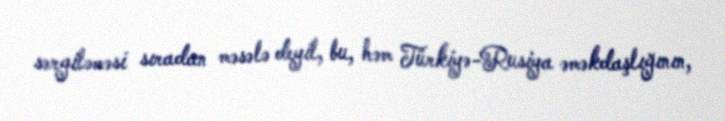
sərgiləməsi sıradan məsələ deyil, bu, həm Türkiyə-Rusiya əməkdaşlığının,